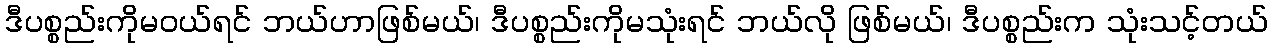
ဒီပစ္စည်းကိုမဝယ်ရင် ဘယ်ဟာဖြစ်မယ်၊ ဒီပစ္စည်းကိုမသုံးရင် ဘယ်လို ဖြစ်မယ်၊ ဒီပစ္စည်းက သုံးသင့်တယ်